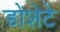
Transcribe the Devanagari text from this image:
डोशेटे